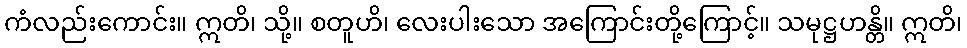
ကံလည်းကောင်း။ ဣတိ၊ သို့။ စတူဟိ၊ လေးပါးသော အကြောင်းတို့ကြောင့်။ သမုဋ္ဌဟန္တိ။ ဣတိ၊